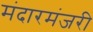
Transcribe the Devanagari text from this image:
मंदारमंजरी